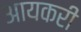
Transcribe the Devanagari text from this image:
आयकरी